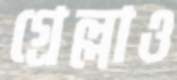
গ্রেল্লাও